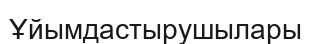
Ұйымдастырушылары